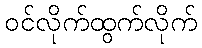
ဝင်လိုက်ထွက်လိုက်